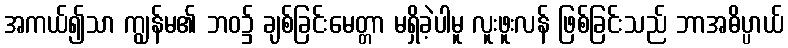
အကယ်၍သာ ကျွန်မ၏ ဘဝ၌ ချစ်ခြင်းမေတ္တာ မရှိခဲ့ပါမူ လူးဖူးလန် ဖြစ်ခြင်းသည် ဘာအဓိပ္ပာယ်